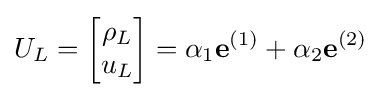
U_{L}={\begin{bmatrix}\rho _{L}\\u_{L}\end{bmatrix}}=\alpha _{1}\mathbf {e} ^{(1)}+\alpha _{2}\mathbf {e} ^{(2)}